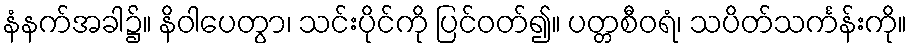
နံနက်အခါ၌။ နိဝါပေတွာ၊ သင်းပိုင်ကို ပြင်ဝတ်၍။ ပတ္တစီဝရံ၊ သပိတ်သင်္ကန်းကို။